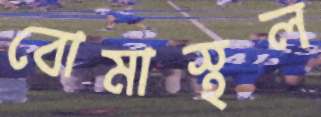
বোমাস্থল